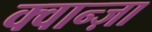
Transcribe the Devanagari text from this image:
क्वान्ज़ा